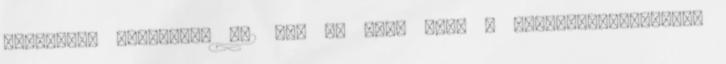
maximális nyomatéka 862 Nm. Jó hír, hogy a pluszteljesítményt